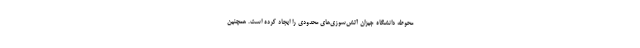
محوطه دانشگاه جیزان آتش‌سوزی‌های محدودی را ایجاد کرده است. همچنین